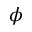
\phi